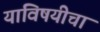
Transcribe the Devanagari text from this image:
याविषयीचा